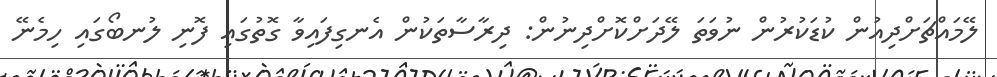
ލޭމައްޗަށްދިއުން ކުޑަކުރުން ނުވަތަ ލޭދަށްކޮށްދިނުން: ދިރާސާތަކުން އެނގިފައިވާ ގޮތުގައި ފޮނި ލުނބޯގައި ހިމެނޭ